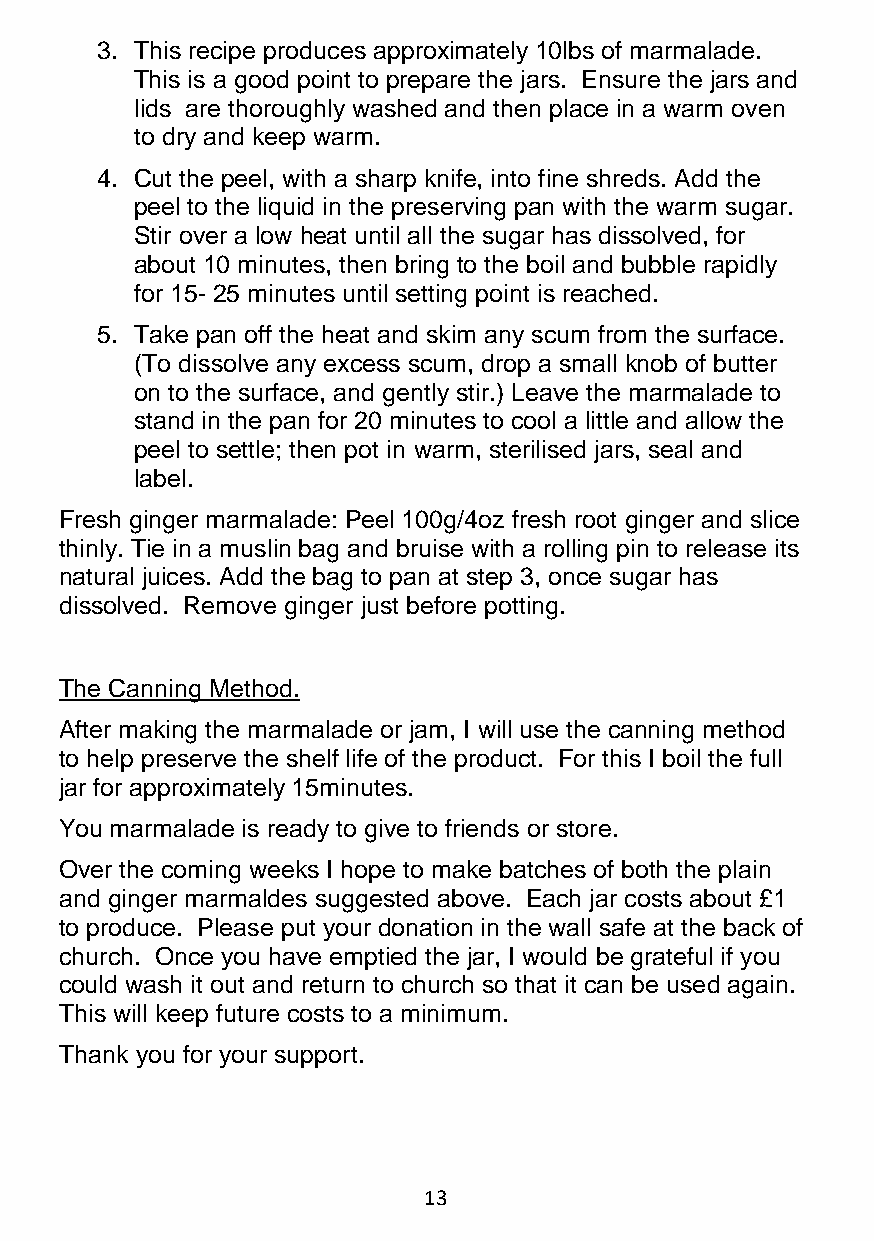
3. This recipe produces approximately 10lbs of marmalade.
 This is a good point to prepare the jars. Ensure the jars and
 lids are thoroughly washed and then place in a warm oven
 to dry and keep warm.
 4. Cut the peel, with a sharp knife, into fine shreds. Add the
 peel to the liquid in the preserving pan with the warm sugar.
 Stir over a low heat until all the sugar has dissolved, for
 about 10 minutes, then bring to the boil and bubble rapidly
 for 15- 25 minutes until setting point is reached.
 5. Take pan off the heat and skim any scum from the surface.
 (To dissolve any excess scum, drop a small knob of butter
 on to the surface, and gently stir.) Leave the marmalade to
 stand in the pan for 20 minutes to cool a little and allow the
 peel to settle; then pot in warm, sterilised jars, seal and
 label.
 Fresh ginger marmalade: Peel 100g/4oz fresh root ginger and slice
 thinly. Tie in a muslin bag and bruise with a rolling pin to release its
 natural juices. Add the bag to pan at step 3, once sugar has
 dissolved. Remove ginger just before potting.
 The Canning Method.
 After making the marmalade or jam, I will use the canning method
 to help preserve the shelf life of the product. For this I boil the full
 jar for approximately 15minutes.
 You marmalade is ready to give to friends or store.
 Over the coming weeks I hope to make batches of both the plain
 and ginger marmaldes suggested above. Each jar costs about £1
 to produce. Please put your donation in the wall safe at the back of
 church. Once you have emptied the jar, I would be grateful if you
 could wash it out and return to church so that it can be used again.
 This will keep future costs to a minimum.
 Thank you for your support.
 13